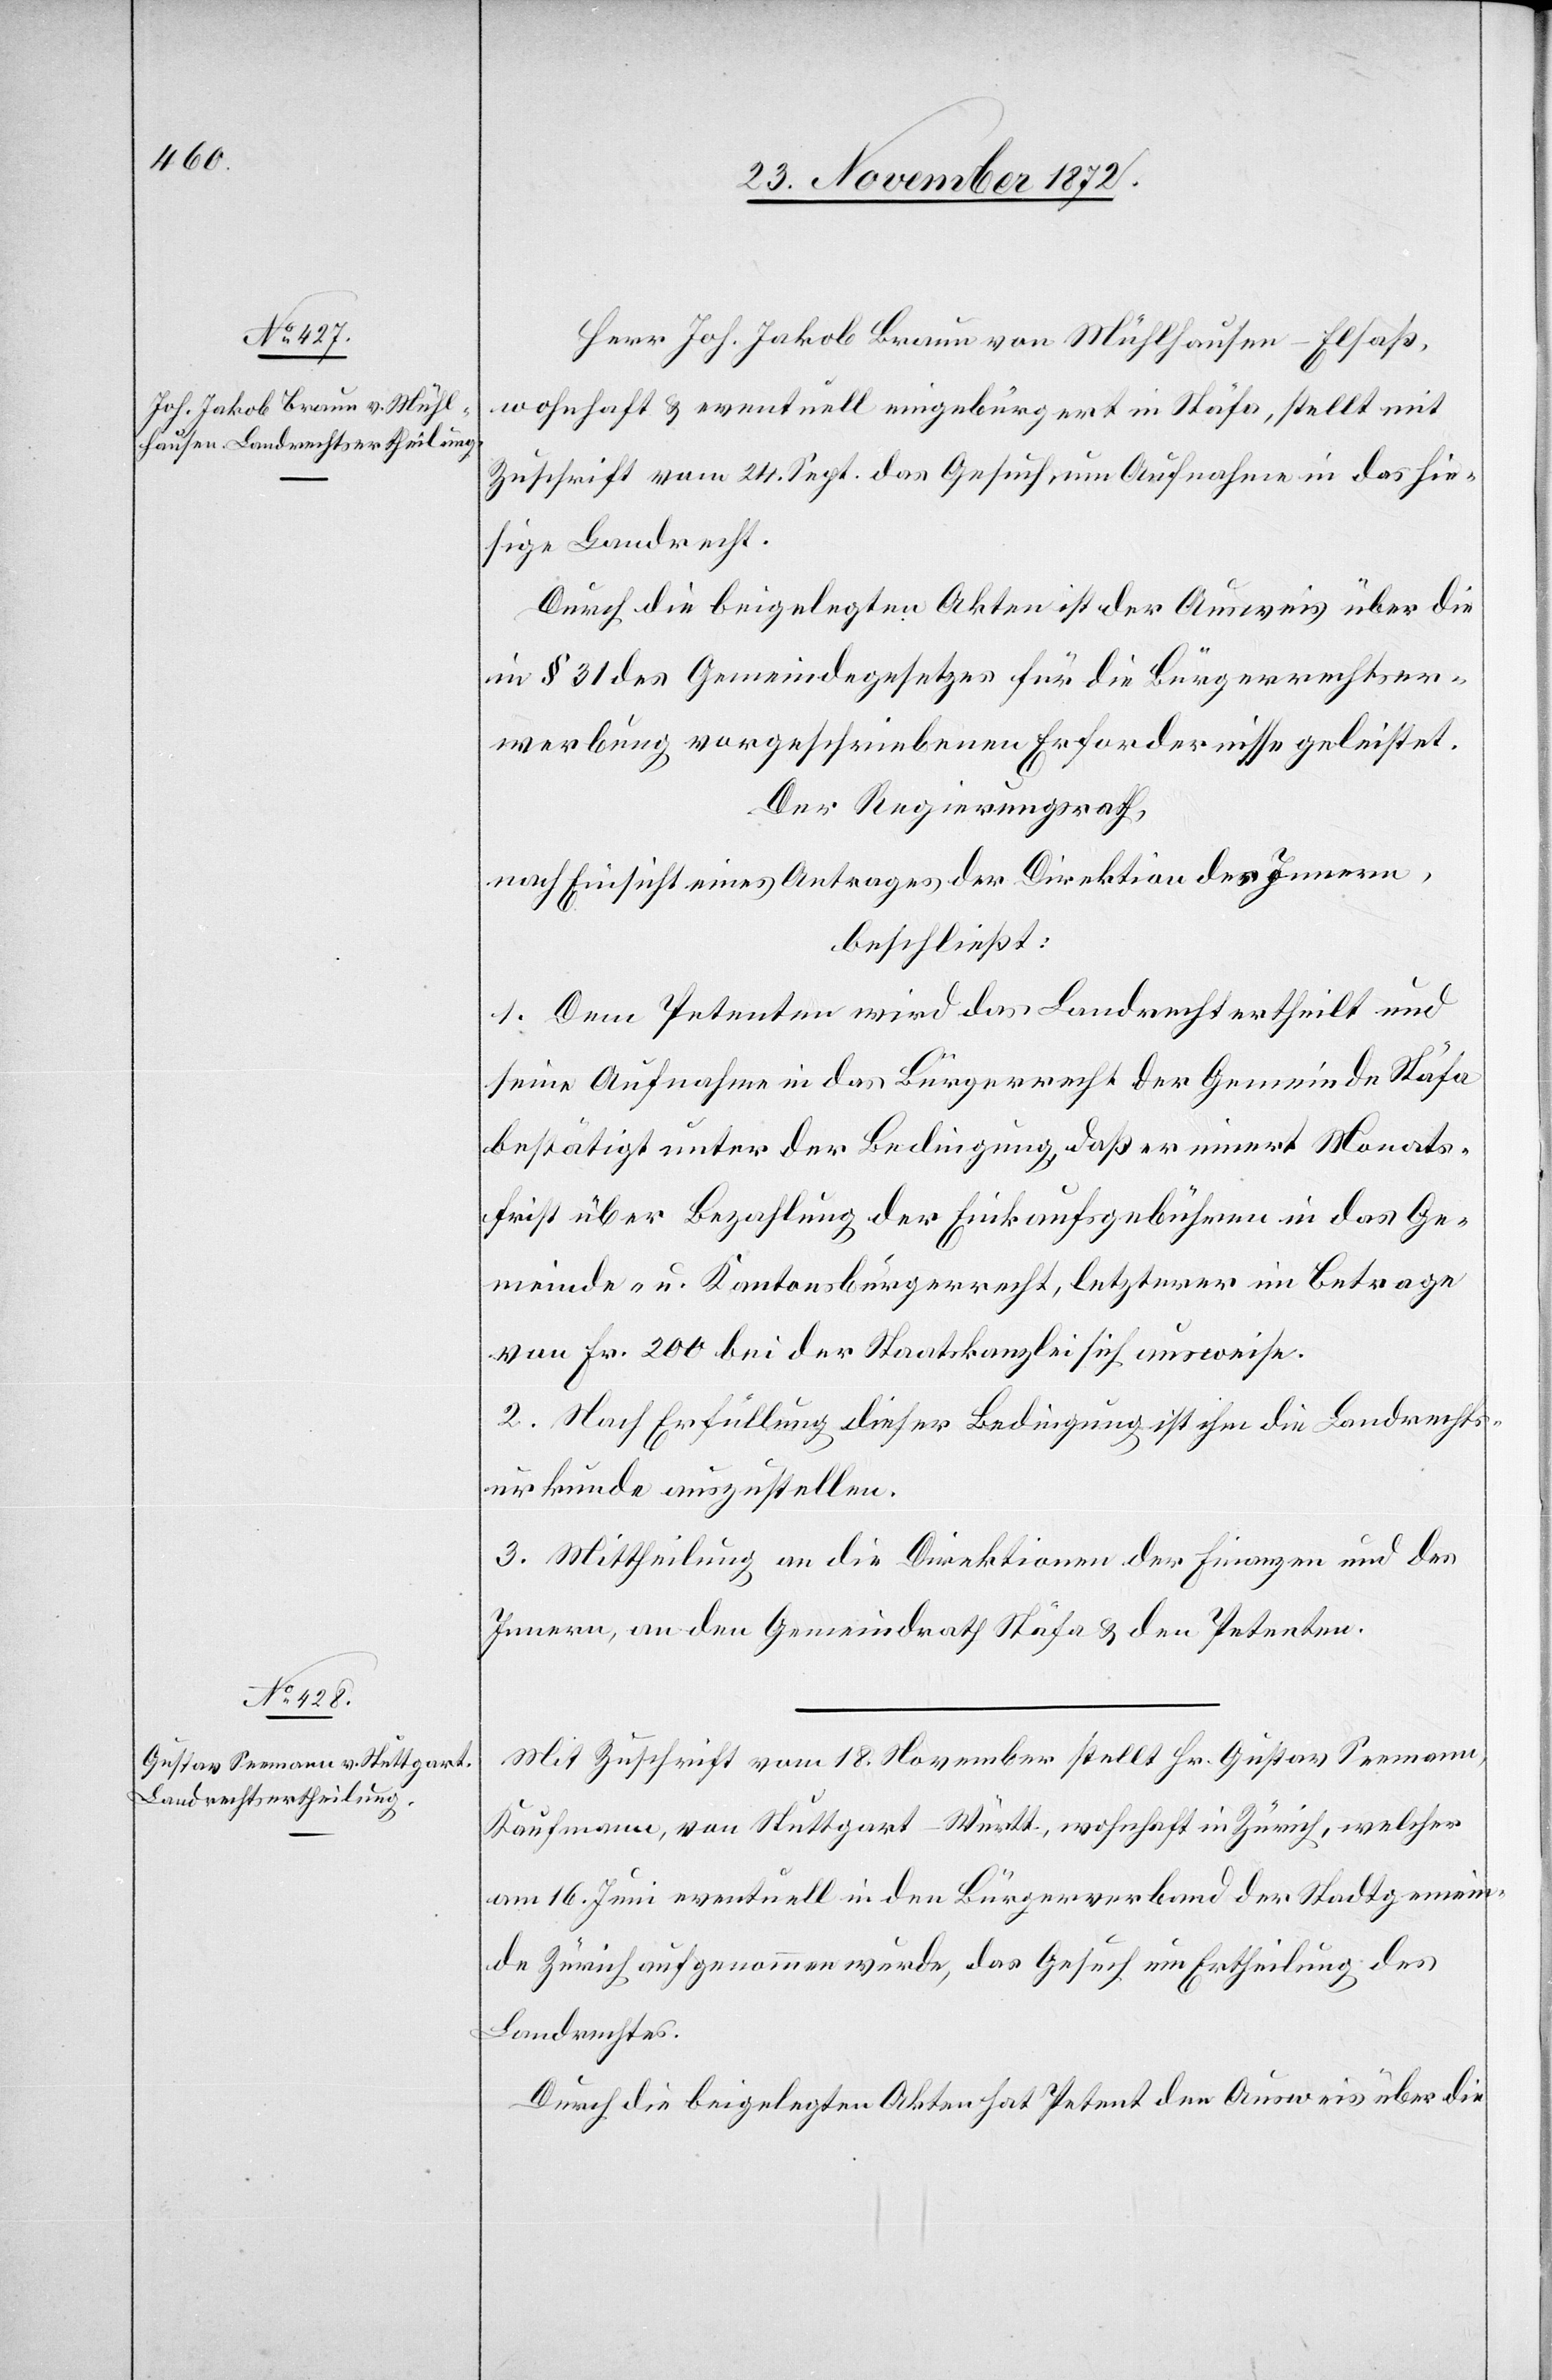
Herr Joh. Jakob Braun von Mühlhausen-Elsaß,
wohnhaft u. eventuell eingebürgert in Stäfa, stellt mit
Zuschrift vom 24. Sept. das Gesuch um Aufnahme in das hie¬
sige Landrecht.
Durch die beigelegten Akten ist der Ausweis über die
im § 31 des Gemeindegesetzes für die Bürgerrechtser¬
werbung vorgeschriebenen Erfordernisse geleistet.
Der Regierungsrath,
nach Einsicht eines Antrages der Direktion des Innern,
beschließt:
1. Dem Petenten wird das Landrecht ertheilt und
seine Aufnahme in das Bürgerrecht der Gemeinde Stäfa
bestätigt unter der Bedingung, daß er innert Monats¬
frist über Bezahlung der Einkaufsgebühren in das Ge¬
meinde- u. Kantonsbürgerrecht, letzterer im Betrage
von Fr. 200 bei der Staatskanzlei sich ausweise.
2. Nach Erfüllung dieser Bedingung ist ihm die Landrechts¬
urkunde auszustellen.
3. Mittheilung an die Direktionen der Finanzen und des
Innern, an den Gemeindrath Stäfa u. den Petenten.
Mit Zuschrift vom 18. November stellt Hr. Gustav Seemann,
Kaufmann, von Stuttgart-Württ., wohnhaft in Zürich, welcher
am 16. Juni eventuell in den Bürgerverband der Stadtgemein¬
de Zürich aufgenommen wurde, das Gesuch um Ertheilung des
Landrechtes.
Durch die beigelegten Akten hat Petent den Ausweis über die